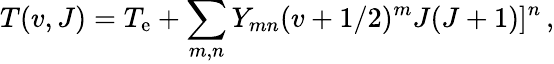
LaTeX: T(v,J)=T_{\mathrm{e}}+\sum_{m,n}Y_{mn}(v+1/2)^{m}J(J+1)]^{n}\, ,